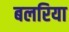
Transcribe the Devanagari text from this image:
बलरिया